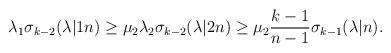
LaTeX: \begin{align*}\begin{aligned}\lambda_1 \sigma_{k-2}(\lambda|1n) \geq \mu_2 \lambda_2 \sigma_{k-2}(\lambda|2n) \geq \mu_2\frac{k-1}{n-1}\sigma_{k-1}(\lambda|n).\end{aligned}\end{align*}